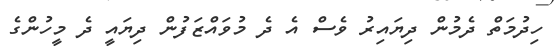
ހިދުމަތް ދެމުން ދިިޔައިރު ވެސް އެ ދެ މުވައްޒަފުން ދިޔައީ ދެ މީހުންގެ